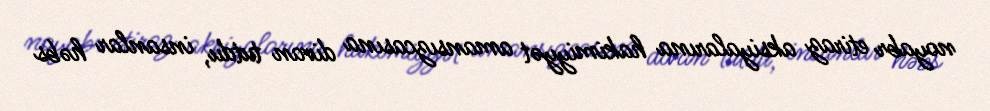
noyabr etiraz aksiyalarına hakimiyyət amansızcasına divan tutdu, insanlar həbs